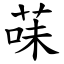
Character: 菋